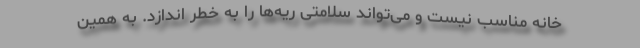
خانه مناسب نیست و می‌تواند سلامتی ریه‌ها را به خطر اندازد. به همین